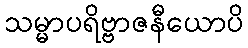
သမ္မာပရိဗ္ဗာဇနီယောပိ